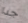
جدا